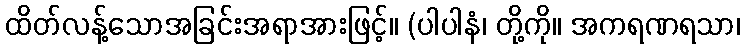
ထိတ်လန့်သောအခြင်းအရာအားဖြင့်။ (ပါပါနံ၊ တို့ကို။ အကရဏရသာ၊